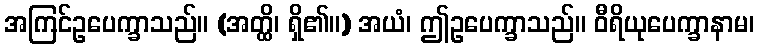
အကြင်ဥပေက္ခာသည်။ (အတ္ထိ၊ ရှိ၏။) အယံ၊ ဤဥပေက္ခာသည်။ ဝီရိယုပေက္ခာနာမ၊